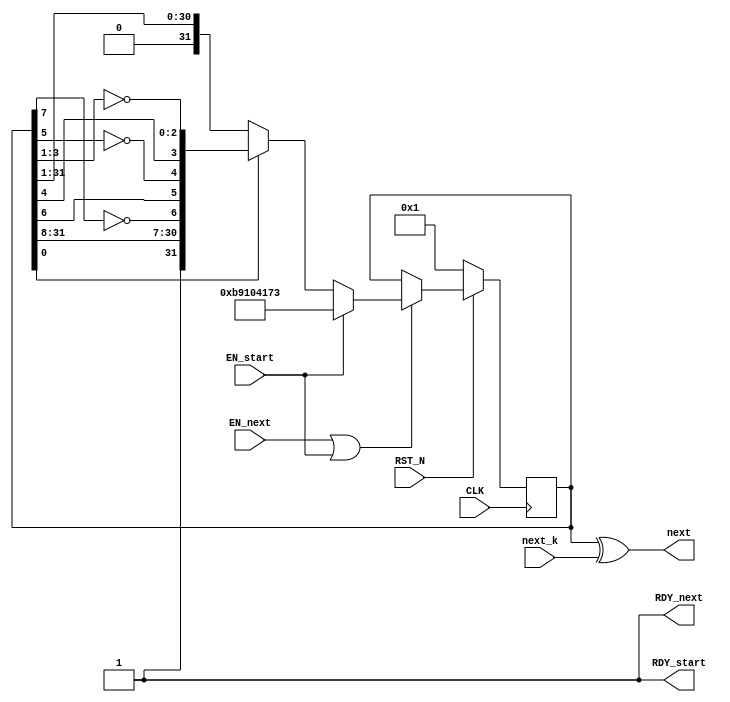
//
// Generated by Bluespec Compiler (build d05342e3)
//
// On Mon Oct 23 15:06:00 IST 2023
//
//
// Ports:
// Name                         I/O  size props
// RDY_start                      O     1 const
// next                           O    32
// RDY_next                       O     1 const
// CLK                            I     1 clock
// RST_N                          I     1 reset
// next_k                         I    32
// EN_start                       I     1
// EN_next                        I     1
//
// Combinational paths from inputs to outputs:
//   next_k -> next
//
//

`ifdef BSV_ASSIGNMENT_DELAY
`else
  `define BSV_ASSIGNMENT_DELAY
`endif

`ifdef BSV_POSITIVE_RESET
  `define BSV_RESET_VALUE 1'b1
  `define BSV_RESET_EDGE posedge
`else
  `define BSV_RESET_VALUE 1'b0
  `define BSV_RESET_EDGE negedge
`endif

module assignment(CLK,
	   RST_N,

	   EN_start,
	   RDY_start,

	   next_k,
	   EN_next,
	   next,
	   RDY_next);
  input  CLK;
  input  RST_N;

  // action method start
  input  EN_start;
  output RDY_start;

  // actionvalue method next
  input  [31 : 0] next_k;
  input  EN_next;
  output [31 : 0] next;
  output RDY_next;

  // signals for module outputs
  wire [31 : 0] next;
  wire RDY_next, RDY_start;

  // register appx_r
  reg [31 : 0] appx_r;
  wire [31 : 0] appx_r$D_IN;
  wire appx_r$EN;

  // inputs to muxes for submodule ports
  wire [31 : 0] MUX_appx_r$write_1__VAL_2;

  // action method start
  assign RDY_start = 1'd1 ;

  // actionvalue method next
  assign next = appx_r ^ next_k ;
  assign RDY_next = 1'd1 ;

  // inputs to muxes for submodule ports
  assign MUX_appx_r$write_1__VAL_2 =
	     appx_r[0] ?
	       { 1'd1,
		 appx_r[31:8],
		 ~appx_r[7],
		 appx_r[6],
		 ~appx_r[5],
		 appx_r[4],
		 ~appx_r[3:1] } :
	       { 1'd0, appx_r[31:1] } ;

  // register appx_r
  assign appx_r$D_IN = EN_start ? 32'hb9104173 : MUX_appx_r$write_1__VAL_2 ;
  assign appx_r$EN = EN_next || EN_start ;

  // handling of inlined registers

  always@(posedge CLK)
  begin
    if (RST_N == `BSV_RESET_VALUE)
      begin
        appx_r <= `BSV_ASSIGNMENT_DELAY 32'd1;
      end
    else
      begin
        if (appx_r$EN) appx_r <= `BSV_ASSIGNMENT_DELAY appx_r$D_IN;
      end
  end

  // synopsys translate_off
  `ifdef BSV_NO_INITIAL_BLOCKS
  `else // not BSV_NO_INITIAL_BLOCKS
  initial
  begin
    appx_r = 32'hAAAAAAAA;
  end
  `endif // BSV_NO_INITIAL_BLOCKS
  // synopsys translate_on
endmodule  // dut